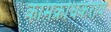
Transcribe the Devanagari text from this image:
कामक्रोधकराय